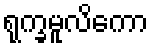
ရုက္ခမူလိကော